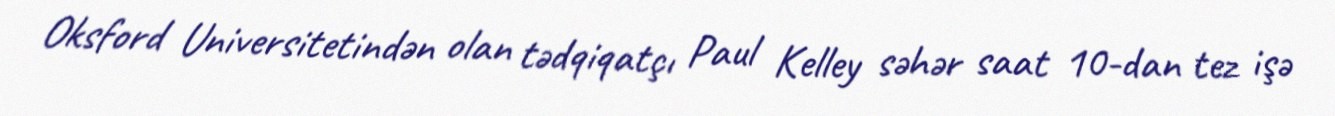
Oksford Universitetindən olan tədqiqatçı Paul Kelley səhər saat 10-dan tez işə